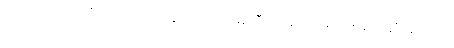
တပည့်တော်။ ။“ပထမကျော်”ဆိုတာ ပထမကြီးထဲမှာ အမှတ်အများဆုံး ရသူကို